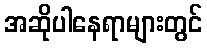
အဆိုပါနေရာများတွင်